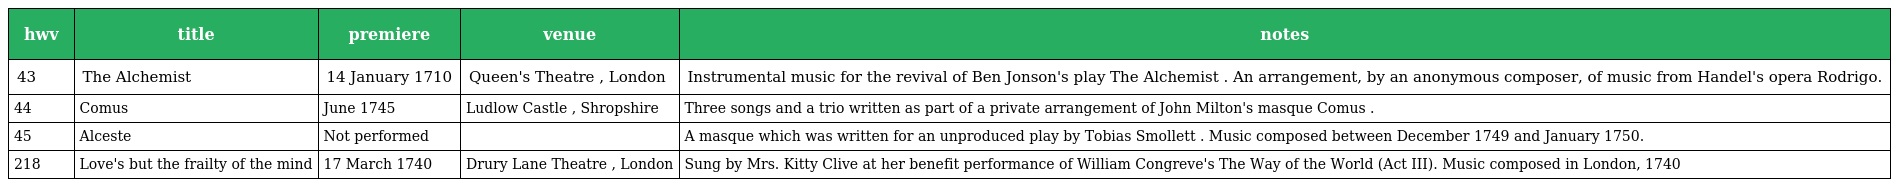
| hwv | title | premiere | venue | notes |
 | --- | --- | --- | --- | --- |
 | 43 | The Alchemist | 14 January 1710 | Queen's Theatre , London | Instrumental music for the revival of Ben Jonson's play The Alchemist . An arrangement, by an anonymous composer, of music from Handel's opera Rodrigo. |
 | 44 | Comus | June 1745 | Ludlow Castle , Shropshire | Three songs and a trio written as part of a private arrangement of John Milton's masque Comus . |
 | 45 | Alceste | Not performed |  | A masque which was written for an unproduced play by Tobias Smollett . Music composed between December 1749 and January 1750. |
 | 218 | Love's but the frailty of the mind | 17 March 1740 | Drury Lane Theatre , London | Sung by Mrs. Kitty Clive at her benefit performance of William Congreve's The Way of the World (Act III). Music composed in London, 1740 |